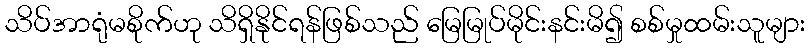
သိပ်အာရုံမစိုက်ဟု သိရှိနိုင်ရန်ဖြစ်သည် မြေမြုပ်မိုင်းနင်းမိ၍ စစ်မှုထမ်းသူများ